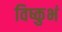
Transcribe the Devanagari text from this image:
विष्कुभं